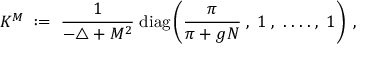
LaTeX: K ^ { M } \; : = \; \frac { 1 } { - \triangle + M ^ { 2 } } \; \mathrm { d i a g } \left( \frac { \pi } { \pi + g N } \; , \; 1 \; , \; . \; . \; . \; . \; , \; 1 \right) \; ,